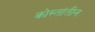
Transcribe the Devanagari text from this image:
कोस्तांतीन